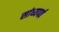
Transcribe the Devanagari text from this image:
सांध्यपर्व